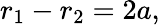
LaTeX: r_{1}-r_{2}=2a,\,